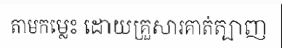
តាមកម្លេះ ដោយគ្រួសារគាត់ត្បាញ